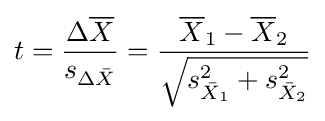
t={\frac {\Delta {\overline {X}}}{s_{\Delta {\bar {X}}}}}={\frac {{\overline {X}}_{1}-{\overline {X}}_{2}}{\sqrt {{s_{{\bar {X}}_{1}}^{2}}+{s_{{\bar {X}}_{2}}^{2}}}}}